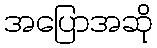
အပြောအဆို